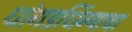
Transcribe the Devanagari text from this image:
धांगडधिंग्याचा